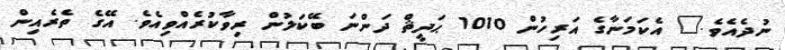
ނުދެއެވެ." އެކަމަނާގެ އަރިހުން 1010 ޙަދީޘް ދަންނަ ބޭކަލުން ރިވާކުރެއްވިއެވެ. އޭގެ ތެރެއިން